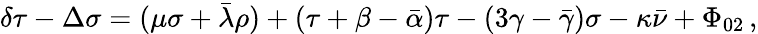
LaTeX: \delta\tau-\Delta\sigma=(\mu\sigma+{\bar{\lambda}}\rho)+(\tau+\beta-{\bar{\alpha}})\tau-(3\gamma-{\bar{\gamma}})\sigma-\kappa{\bar{\nu}}+\Phi_{02}\, ,